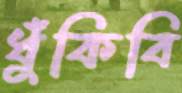
ধুঁকিবি